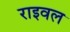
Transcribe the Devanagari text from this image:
राइवल